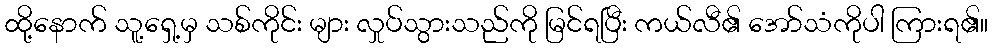
ထို့နောက် သူ့ရှေ့မှ သစ်ကိုင်း များ လှုပ်သွားသည်ကို မြင်ရပြီး ကယ်လီ၏ အော်သံကိုပါ ကြားရ၏။